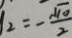
_ { 2 } = - \frac { \sqrt { 1 0 } } { 2 }